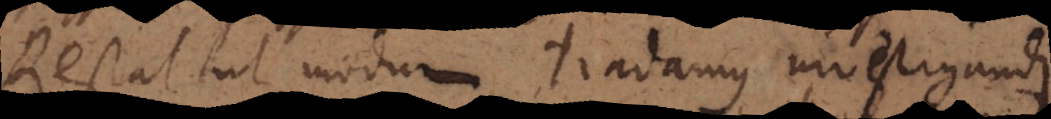
Restat ut modum tradamus investigandi